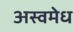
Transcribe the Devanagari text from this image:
अस्वमेध